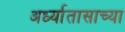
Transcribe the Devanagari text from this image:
अर्ध्यातासाच्या